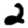
Digit: 2